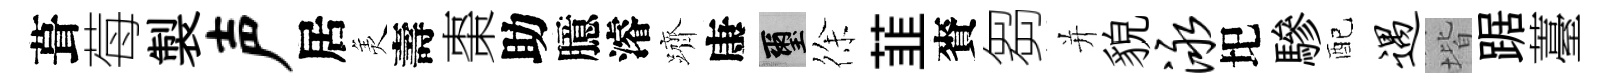
葺莓製声居羙壽棗助臆濬躋康璽徐韮賚芻并貌泳圯驂配遇堦踞薹